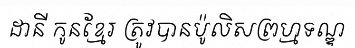
ដានី កូនខ្មែរ ត្រូវបានប៉ូលិសព្រហ្មទណ្ឌ